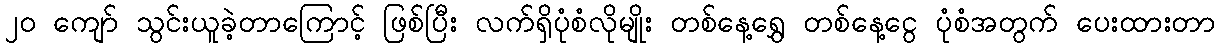
၂၀ ကျော် သွင်းယူခဲ့တာကြောင့် ဖြစ်ပြီး လက်ရှိပုံစံလိုမျိုး တစ်နေ့ရွှေ တစ်နေ့ငွေ ပုံစံအတွက် ပေးထားတာ